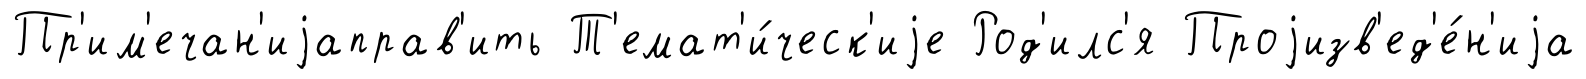
Пр'им'ечан'иjаправ'ить Т'емат'и́ческ'иjе Род'илс'я Проjизв'ед'е́н'иjа